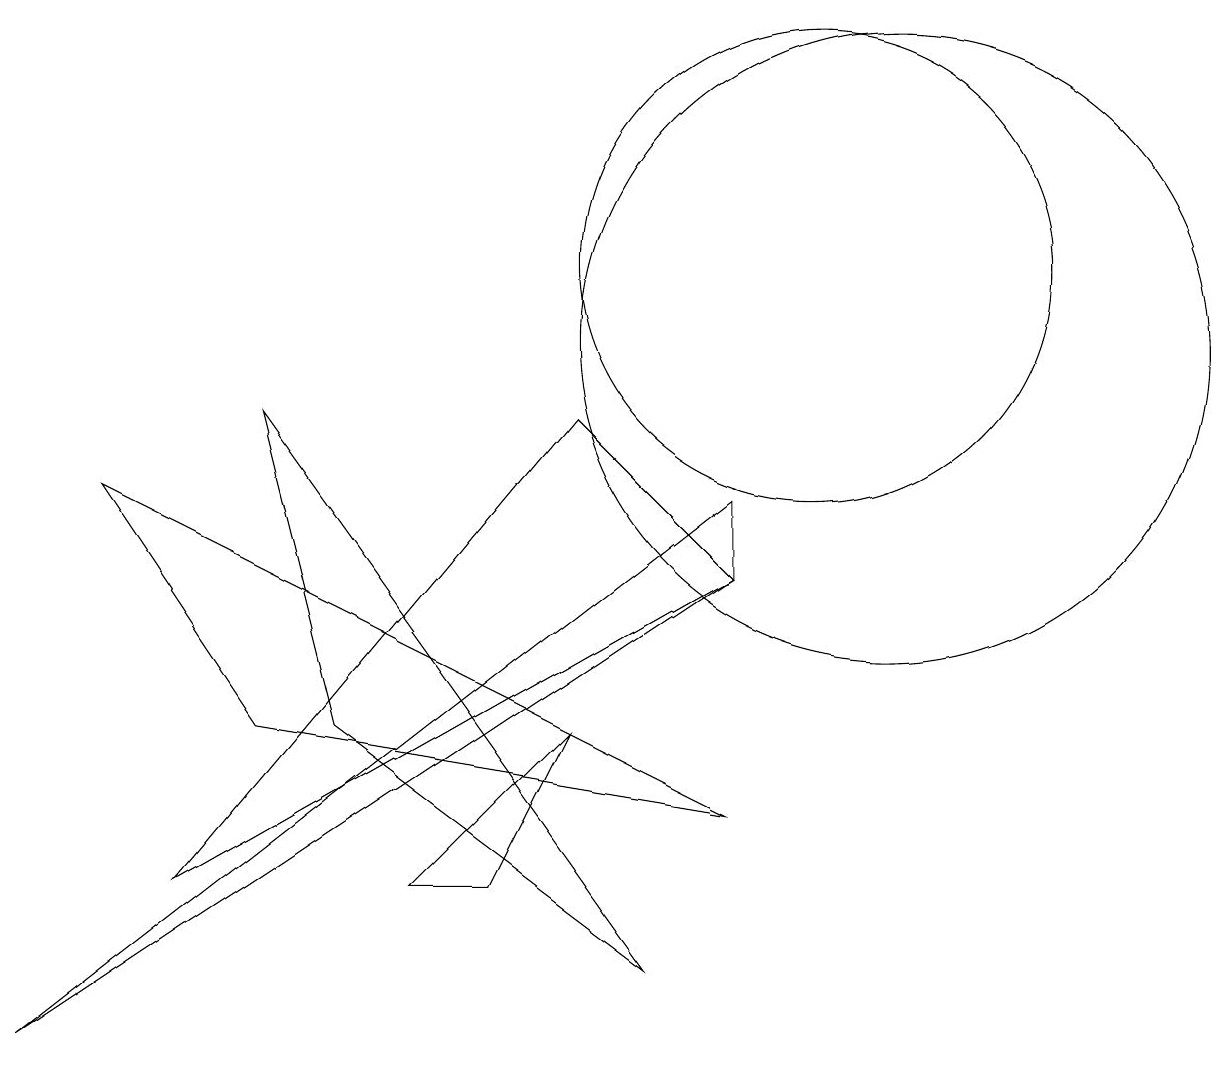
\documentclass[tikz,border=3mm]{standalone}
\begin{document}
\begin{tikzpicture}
\draw (7,9) -- (2,3) -- (9,7) -- cycle;
\draw (10,11) circle (3);
\draw (5,3) -- (6,3) -- (7,5) -- cycle;
\draw (3,5) -- (1,8) -- (9,4) -- cycle;
\draw (11,10) circle (4);
\draw (8,2) -- (3,9) -- (4,5) -- cycle;
\draw (9,7) -- (9,8) -- (0,1) -- cycle;
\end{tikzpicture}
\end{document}